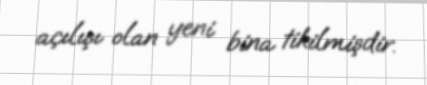
açılışı olan yeni bina tikilmişdir.